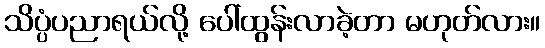
သိပ္ပံပညာရယ်လို့ ပေါ်ထွန်းလာခဲ့တာ မဟုတ်လား။